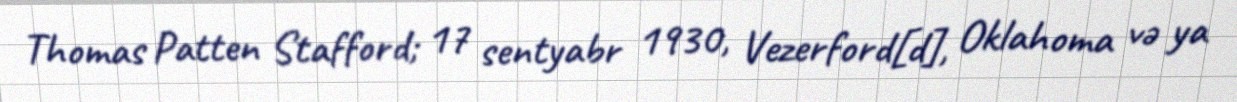
Thomas Patten Stafford; 17 sentyabr 1930, Vezerford[d], Oklahoma və ya